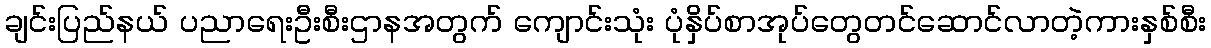
ချင်းပြည်နယ် ပညာရေးဦးစီးဌာနအတွက် ကျောင်းသုံး ပုံနှိပ်စာအုပ်တွေတင်ဆောင်လာတဲ့ကားနှစ်စီး